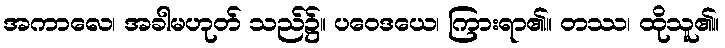
အကာလေ၊ အခါမဟုတ် သည်၌။ ပဝေဒယေ၊ ကြားရာ၏။ တဿ၊ ထိုသူ၏။